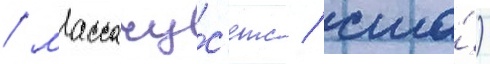
/ массачу́с'етс / сша́)